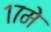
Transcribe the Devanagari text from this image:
१७मे